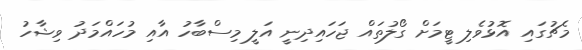
މެޗުގައި އޮޅުވެލި ޓީމަށް ގޯލުތައް ޖަހައިދިނީ އަލީ މިސްބާހު އާއި މުހައްމަދު ވިޝާހު